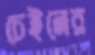
চেইনের